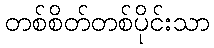
တစ်စိတ်တစ်ပိုင်းသာ